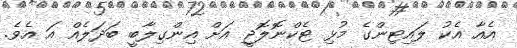
އެއާ އެކު ލައިޓިންގެ މުޅި ޓެކްނޮލޮޖީ އަށް އިންގިލާބީ ބަދަލެއް އަ އެވެ.